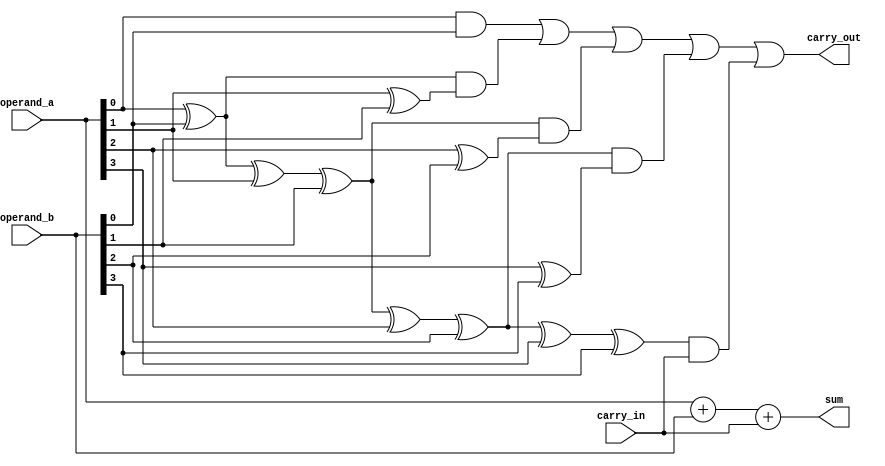
module kogge_stone_adder(
    input [3:0] operand_a,
    input [3:0] operand_b,
    input carry_in,
    output [3:0] sum,
    output carry_out
);

wire [3:0] p, g;

assign p[0] = operand_a[0] ^ operand_b[0];
assign g[0] = operand_a[0] & operand_b[0];
assign p[1] = p[0] ^ operand_a[1] ^ operand_b[1];
assign g[1] = g[0] | (p[0] & (operand_a[1] ^ operand_b[1]));
assign p[2] = p[1] ^ operand_a[2] ^ operand_b[2];
assign g[2] = g[1] | (p[1] & (operand_a[2] ^ operand_b[2]));
assign p[3] = p[2] ^ operand_a[3] ^ operand_b[3];
assign g[3] = g[2] | (p[2] & (operand_a[3] ^ operand_b[3]));

assign sum = operand_a + operand_b + carry_in;
assign carry_out = g[3] | (p[3] & carry_in);

endmodule